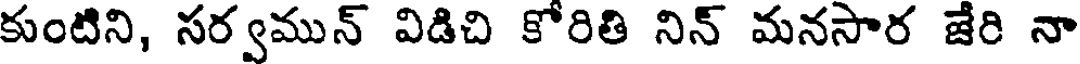
కుంటిని, సర్వమున్ విడిచి కోరితి నిన్ మనసార జేరి నా